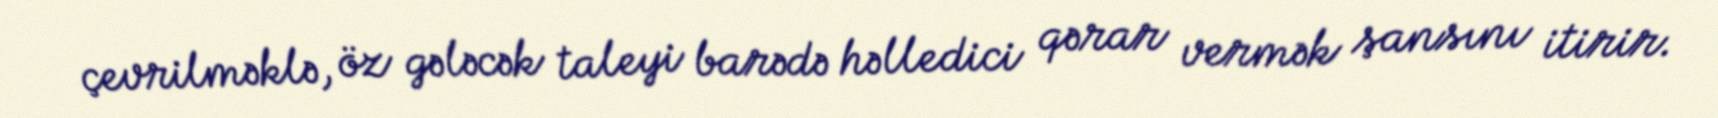
çevrilməklə, öz gələcək taleyi barədə həlledici qərar vermək şansını itirir.